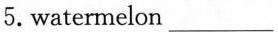
5.watermelon ___